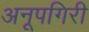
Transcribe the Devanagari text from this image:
अनूपगिरी